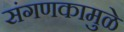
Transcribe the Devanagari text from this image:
संगणकामुळे